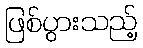
ဖြစ်ပွားသည့်